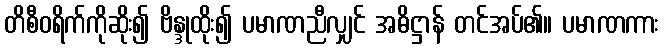
တိစီဝရိက်ကိုဆိုး၍ ဗိန္ဒုထိုး၍ ပမာဏညီလျှင် အဓိဋ္ဌာန် တင်အပ်၏။ ပမာဏကား